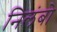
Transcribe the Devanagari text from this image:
निलंबो